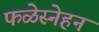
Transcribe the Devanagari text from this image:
फळेस्नेहन